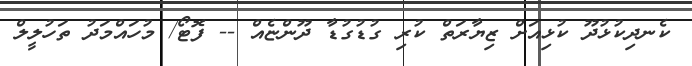
ކެނދިކުޅުދޫ ކުޅިއަށް ޒިޔާރަތް ކުރި ގުޑުގުޑާ ދޫންޏެއް -- ފޮޓޯ/ މުހައްމަދު ތަހުލީލް